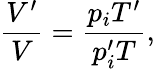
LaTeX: \frac{V^{\prime}}{V}=\frac{p_{i}T^{\prime}}{p_{i}^{\prime}T},